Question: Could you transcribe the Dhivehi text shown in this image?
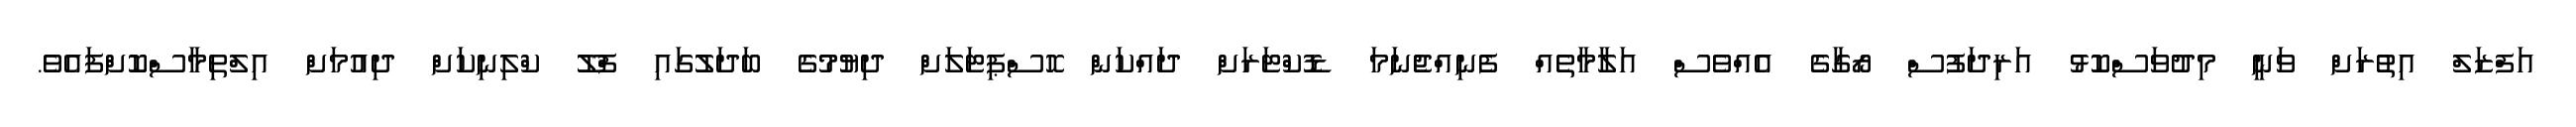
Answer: އަފްޒަލް އިތުރަށް ވަނީ މިދުވަސްކޮޅު އަރިދަފުސް ރޯގާގެ އެއްވެސް އަލާމާތެއް ފެނިއްޖެނަމަ ޑޮކްޓަރަށް ދައްކަން ހޮސްޕިޓަލަށް ދިޔުމުގެ ބަދަލުގައި ފްލޫ ކްލިނިކަށް ދިއުމަށް އިލްތިމާސްކޮށްފައެވެ.